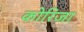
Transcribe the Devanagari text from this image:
कोरिजा